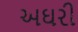
અઘરી